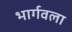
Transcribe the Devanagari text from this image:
भार्गवला